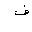
Letter: _fa